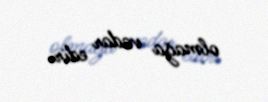
olmağa vadar edir.